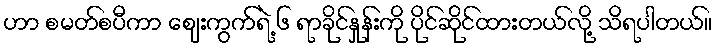
ဟာ စမတ်စပီကာ ဈေးကွက်ရဲ့ ၆ ရာခိုင်နှုန်းကို ပိုင်ဆိုင်ထားတယ်လို့ သိရပါတယ်။